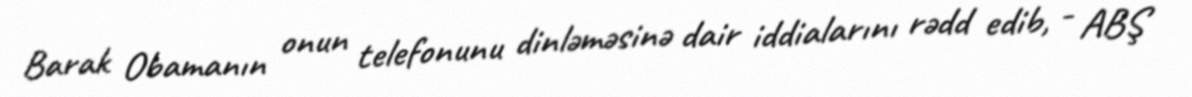
Barak Obamanın onun telefonunu dinləməsinə dair iddialarını rədd edib, - ABŞ